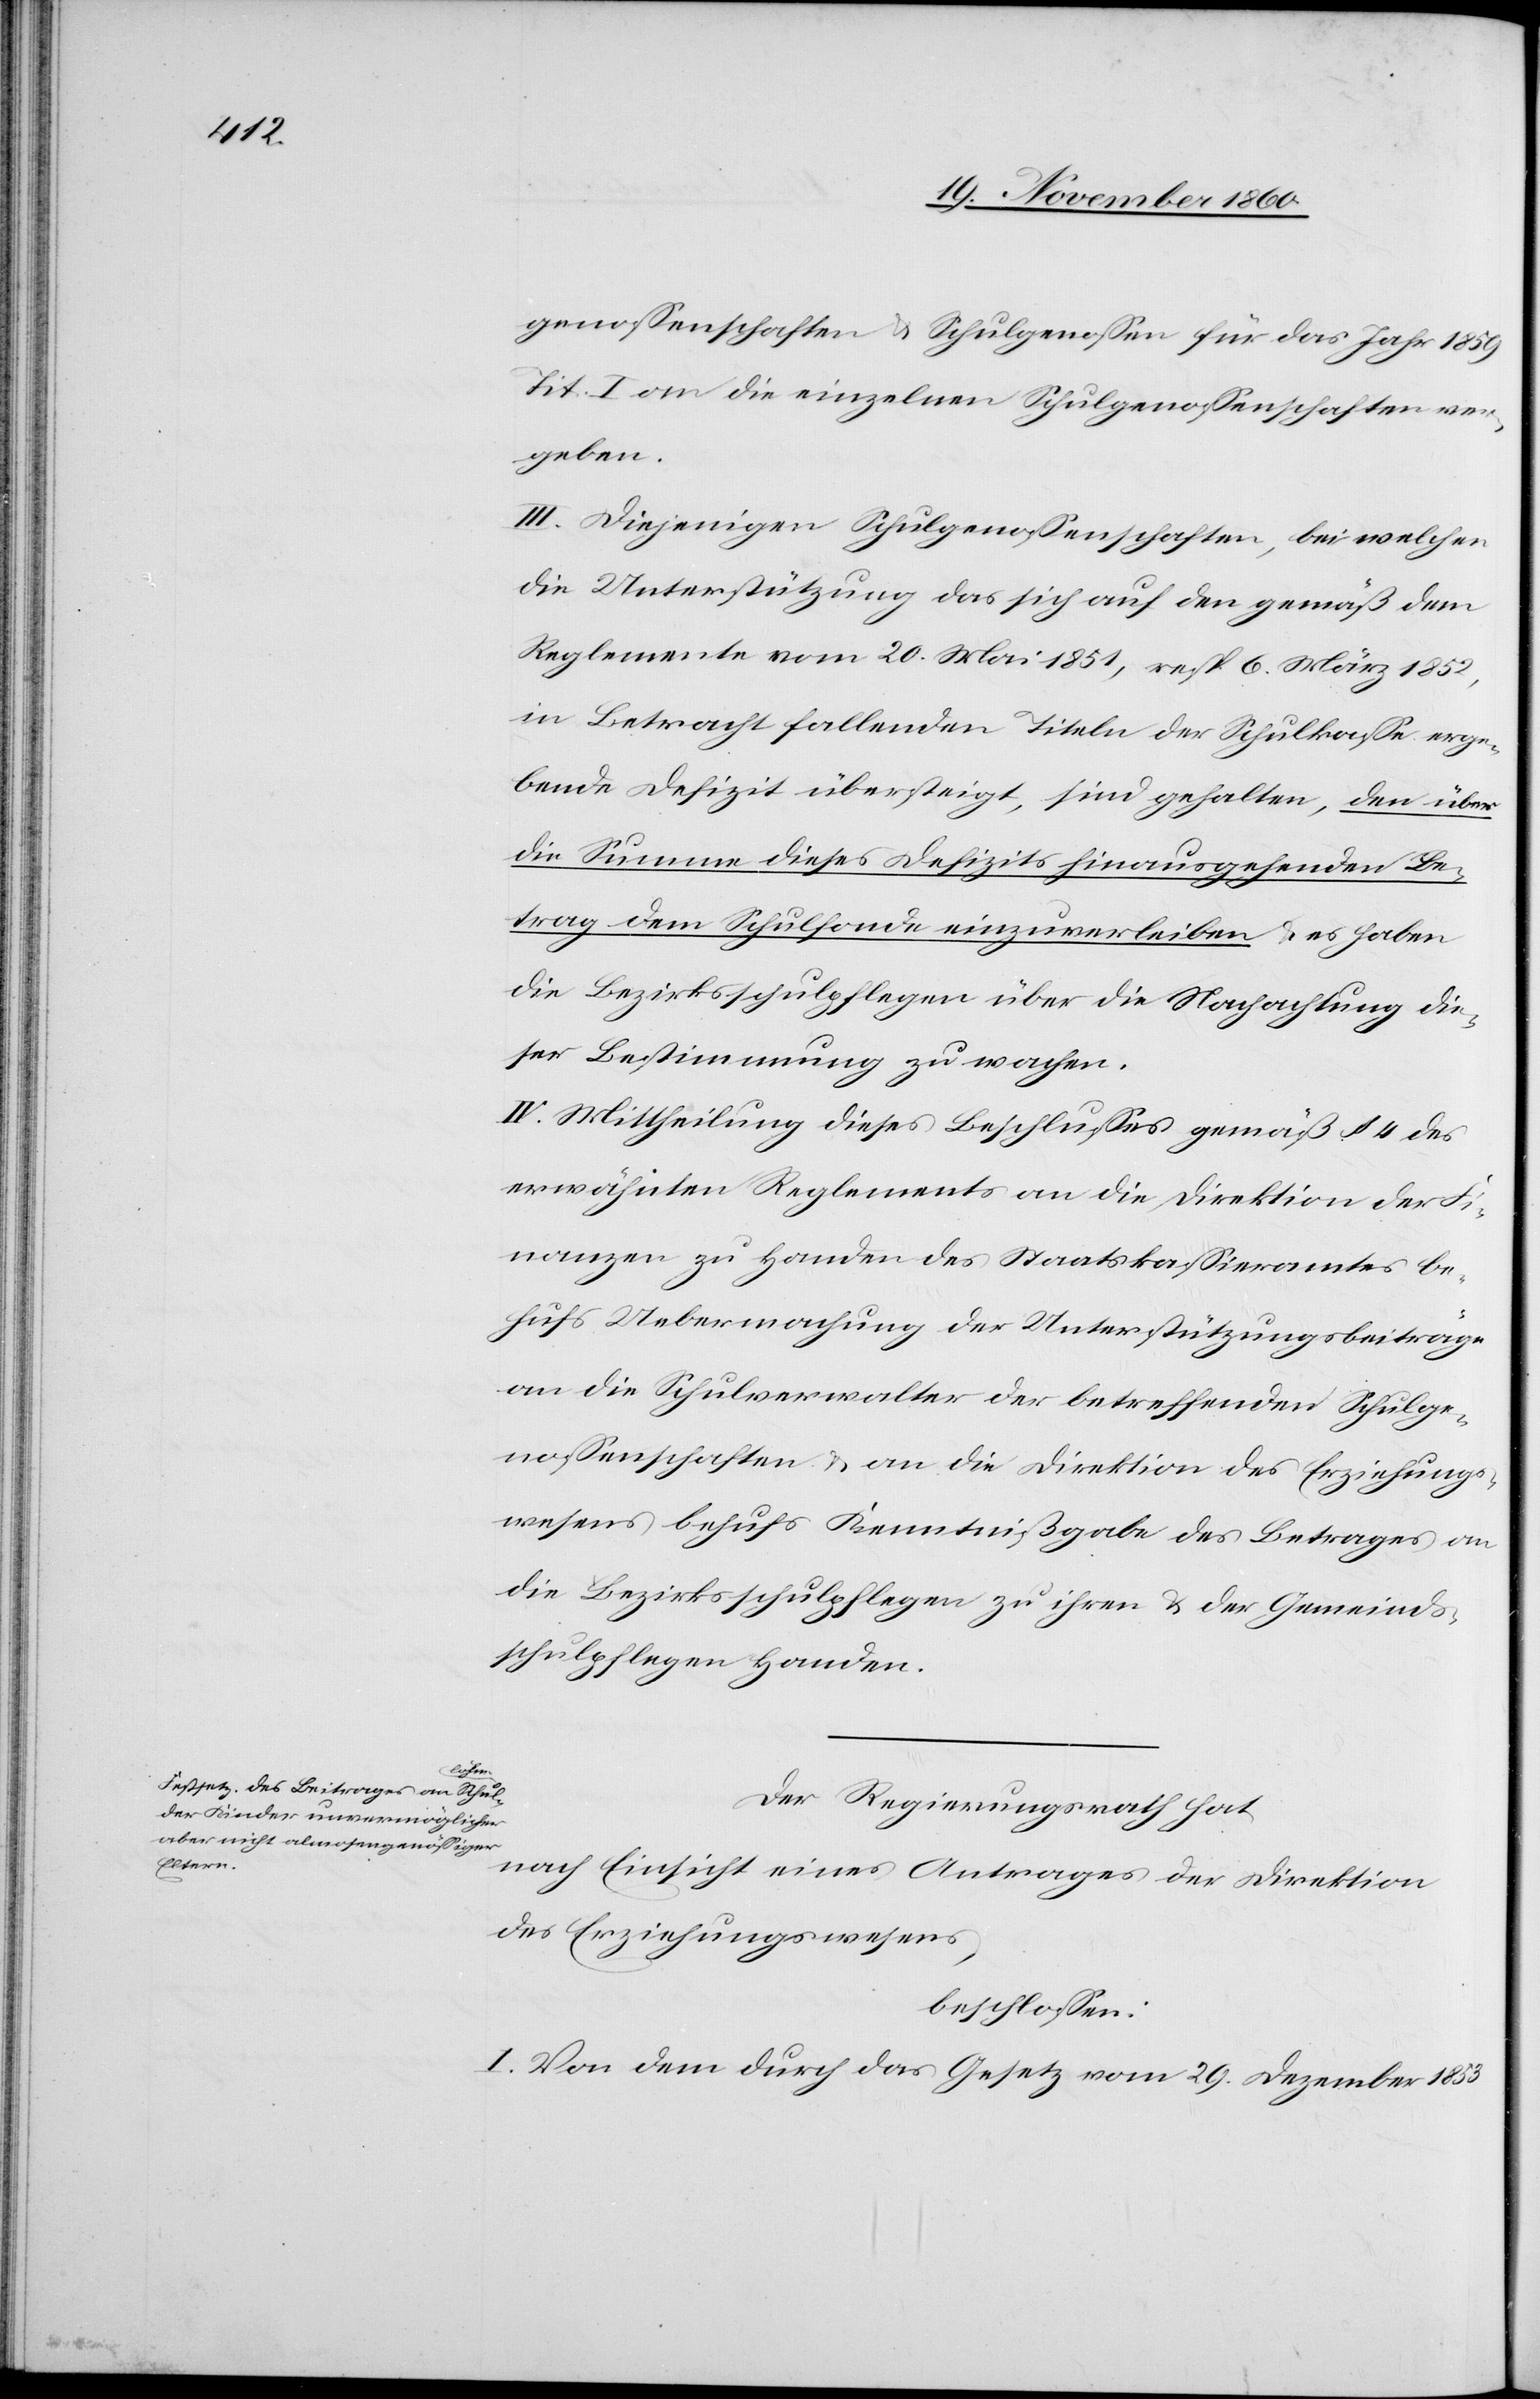
genossenschaften u. Schulgenossen für das Jahr 1859
Tit. I[“] an die einzelnen Schulgenossenschaften ver¬
geben.
III. Diejenigen Schulgenossenschaften, bei welchen
die Unterstützung das sich auf den gemäß dem
Reglemente vom 20. Mai 1851, resp. 6. März 1852,
in Betracht fallenden Titeln der Schulkasse erge¬
bende Defizit übersteigt, sind gehalten, den über
die Summe dieses Defizits hinausgehenden Be¬
trag dem Schulfonde einzuverleiben u. es haben
die Bezirksschulpflegen über die Nachachtung die¬
ser Bestimmung zu wachen.
IV. Mittheilung dieses Beschlusses gemäß § 4 des
erwähnten Reglements an die Direktion der Fi¬
nanzen zu Handen des Staatskassieramtes be¬
hufs Uebermachung der Unterstützungsbeiträge
an die Schulverwalter der betreffenden Schulge¬
nossenschaften u. an die Direktion des Erziehungs¬
wesens behufs Kenntnißgabe des Betrages an
die Bezirksschulpflegen zu ihren u. der Gemeinds¬
schulpflegen Handen.
Der Regierungsrath hat
nach Einsicht eines Antrages der Direktion
des Erziehungswesens,
beschlossen:
I. Von dem durch das Gesetz vom 29. Dezember 1853